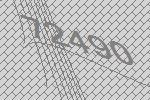
72490